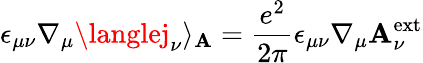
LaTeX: \epsilon_{\mu\nu}\nabla_{\mu}\langlej_{\nu}\rangle_{\mathbf{A}}=\frac{{e^{2}}}{{2\pi}}\epsilon_{\mu\nu}\nabla_{\mu}\mathbf{A}_{\nu}^{\mathrm{{ext}}}